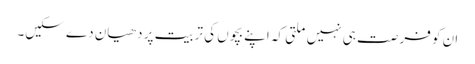
ان کو فرصت ہی نہیں ملتی کہ اپنے بچوں کی تربیت پر دھیان دے سکیں۔